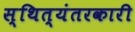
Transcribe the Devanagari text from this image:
स्थित्यंतरकारी